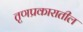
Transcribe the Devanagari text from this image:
तृणप्रकारातील